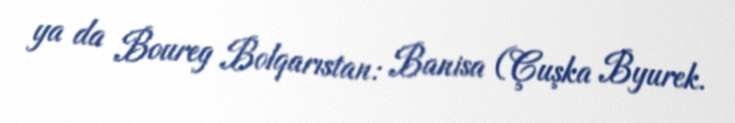
ya da Boureg Bolqarıstan: Banisa (Çuşka Byurek.